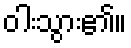
ဝါးသွား၏။